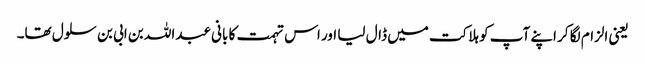
یعنی الزام لگا کر اپنے آپ کو ہلاکت میں ڈال لیا اور اس تہمت کا بانی عبداللہ بن ابی بن سلول تھا۔